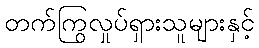
တက်ကြွလှုပ်ရှားသူများနှင့်